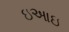
ઇઆઇ